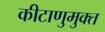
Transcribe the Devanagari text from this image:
कीटाणुमुक्त